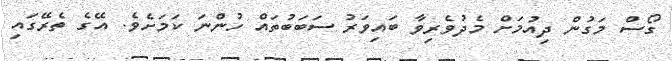
ގޯސް މަގުން ދިއުމަށް މެދުވެރިވާ ބައިވަރު ސަބަބުތައް ހުންނަ ކަމަށެވެ. އޭގެ ތެރޭގައި